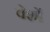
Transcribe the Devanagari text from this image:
वेशों